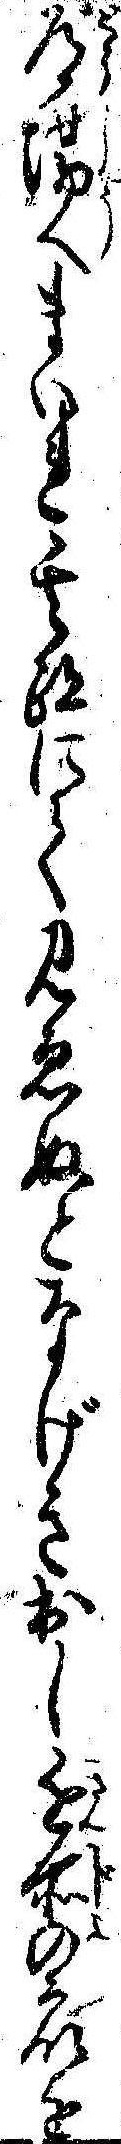
道場へまいれ其跡にて見ゑぬとなげき出し近所の衆を